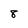
Character: 8